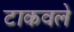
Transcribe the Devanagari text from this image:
टाकवले